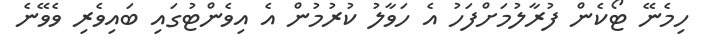
ހިމެނޭ ޓޯކެން ފުރާލުމަށްފަހު އެ ހަވާލު ކުރުމުން އެ އިވެންޓުގައި ބައިވެރި ވެވޭނެ